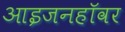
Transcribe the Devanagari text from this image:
आइजनहॉवर